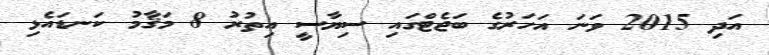
އަދި 2015 ވަނަ އަހަރުގެ ބަޖެޓްގައި ސިޔާސީ އިތުރު 8 މަޤާމު ކަނޑައެޅި